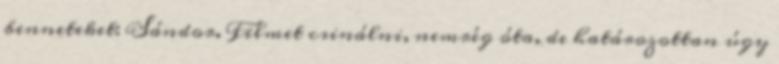
benneteket: Sándor. Filmet csinálni, nemrég óta, de határozottan úgy